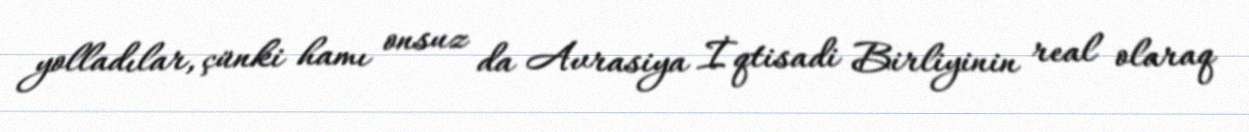
yolladılar, çünki hamı onsuz da Avrasiya İqtisadi Birliyinin real olaraq